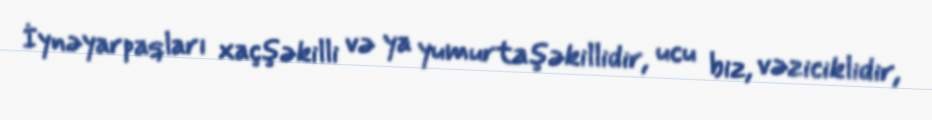
İynəyarpaqları xaçşəkilli və ya yumurtaşəkillidir, ucu biz, vəziciklidir,